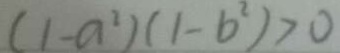
( 1 - a ^ { 2 } ) ( 1 - b ^ { 2 } ) > 0